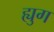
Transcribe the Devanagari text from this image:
ह्युग